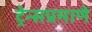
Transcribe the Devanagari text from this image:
ट्रेन्सप्रमाणे